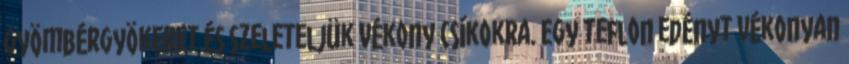
gyömbérgyökeret és szeleteljük vékony csíkokra. Egy teflon edényt vékonyan